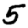
Digit: 5